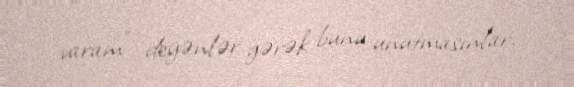
varam” deyənlər gərək bunu unutmasınlar.